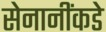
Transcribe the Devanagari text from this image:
सेनानींकडे